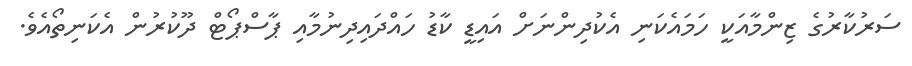
ސަރުކާރުގެ ޒިންމާއަކީ ހަމައެކަނި އެކުދިންނަށް އައިޑީ ކާޑު ހައްދައިދިނުމާއި ޕާސްޕޯޓް ދޫކުރުން އެކަނިތޯއެވެ.